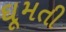
ઘૂમતી